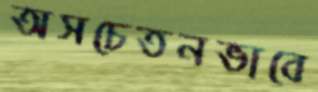
অসচেতনভাবে